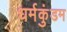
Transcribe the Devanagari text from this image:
धर्मकुंडम